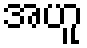
အဟူ